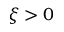
\xi > 0